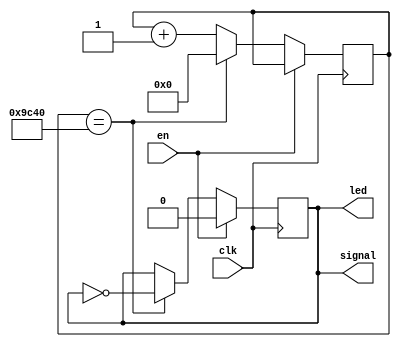
module signal(
    input clk,
	 input en,
    output reg signal,
    output reg led=1'b0
    );

	reg [31:0] count =0;

	always @(posedge clk)
	begin
		if(~en)
		begin
			if(count==32'd40000)
			begin
				signal <= ~signal;
				count<=32'd0;
			end
			else
			begin
				count<=count+32'd1;
			end
		end
		else
		begin
			signal<=1'b0;
		end
	end
	//
	
	always @(signal)
	begin
		led<=signal;
	end
	
endmodule